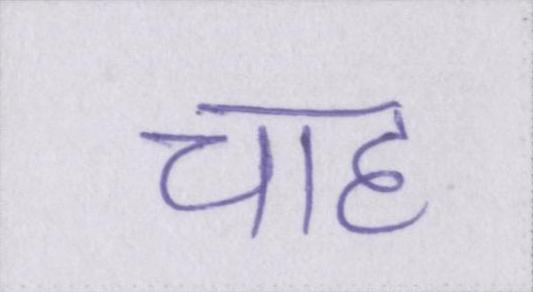
चाह